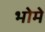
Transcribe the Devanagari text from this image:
भोमे